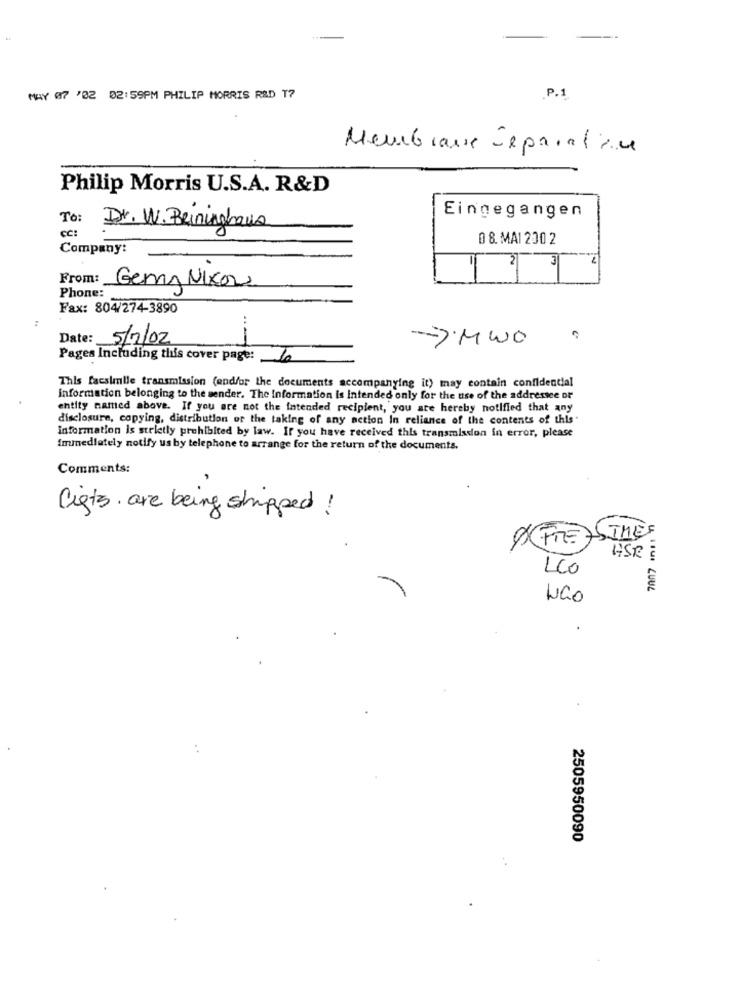
MAY 07 '02 02:59PM PHILIP MORRIS R&D T?
.P.1
Membrane réparation
Philip Morris U.S.A. R&D
To:
Eingegangen
CC:
Dr. W. Beininghaus
0 8. MAI 200 2
Company:
From:
m
Phone:
Gery Nixon
Fax: 804/274-3890
Date:
5/7/02
). MWO
Pages Including this cover page: 6
This facsimile transmission (and/or the documents accompanying it) may contain confidential
Information belonging to the sender. The Information is Intended only for the use of the addressee or
entity named above. If you are not the intended recipient, you are hereby notified that any
disclosure, copying, distribution or the taking of any action In reliance of the contents of this"
information is strictly prohibited by law. If you have received this transmission in error, please
Immediately notify us by telephone to arrange for the return of the documents.
Comments:
ligts are being shipped !
THEF
0 FRE
:
HSP E
LCO
NGO
2505950090